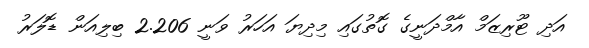
އަދި ޓޫރިޒަމް އާމްދަނީގެ ގޮތުގައި މިދިޔަ އަހަރު ވަނީ 2.206 ބިލިއަން ޑޮލަރު